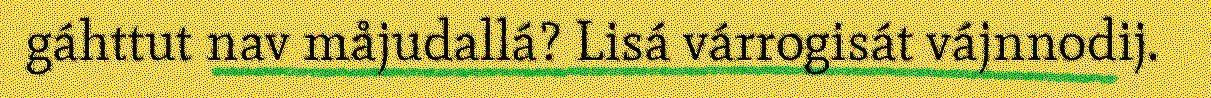
gáhttut nav måjudallá? Lisá várrogisát vájnnodij.